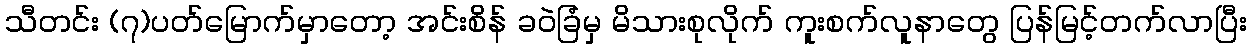
သီတင်း (၇)ပတ်မြောက်မှာတော့ အင်းစိန် ခဝဲခြံမှ မိသားစုလိုက် ကူးစက်လူနာတွေ ပြန်မြင့်တက်လာပြီး